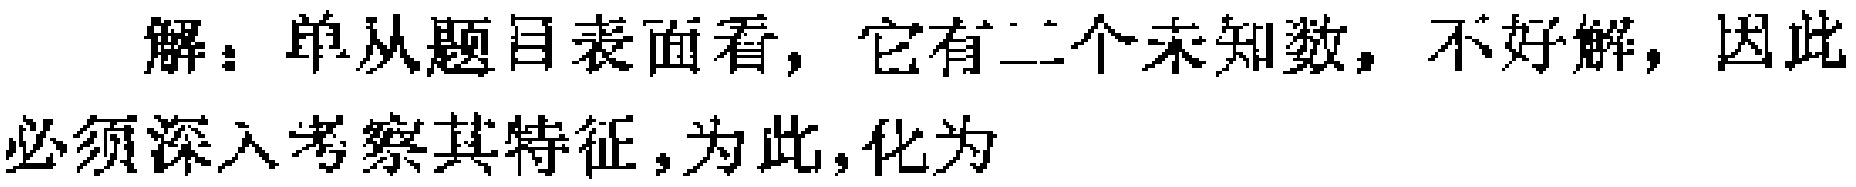
解：单从题目表面看，它有二个未知数，不好解，因此必须深入考察其特征，为此，化为